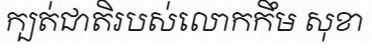
ក្បត់ជាតិរបស់លោកកឹម សុខា